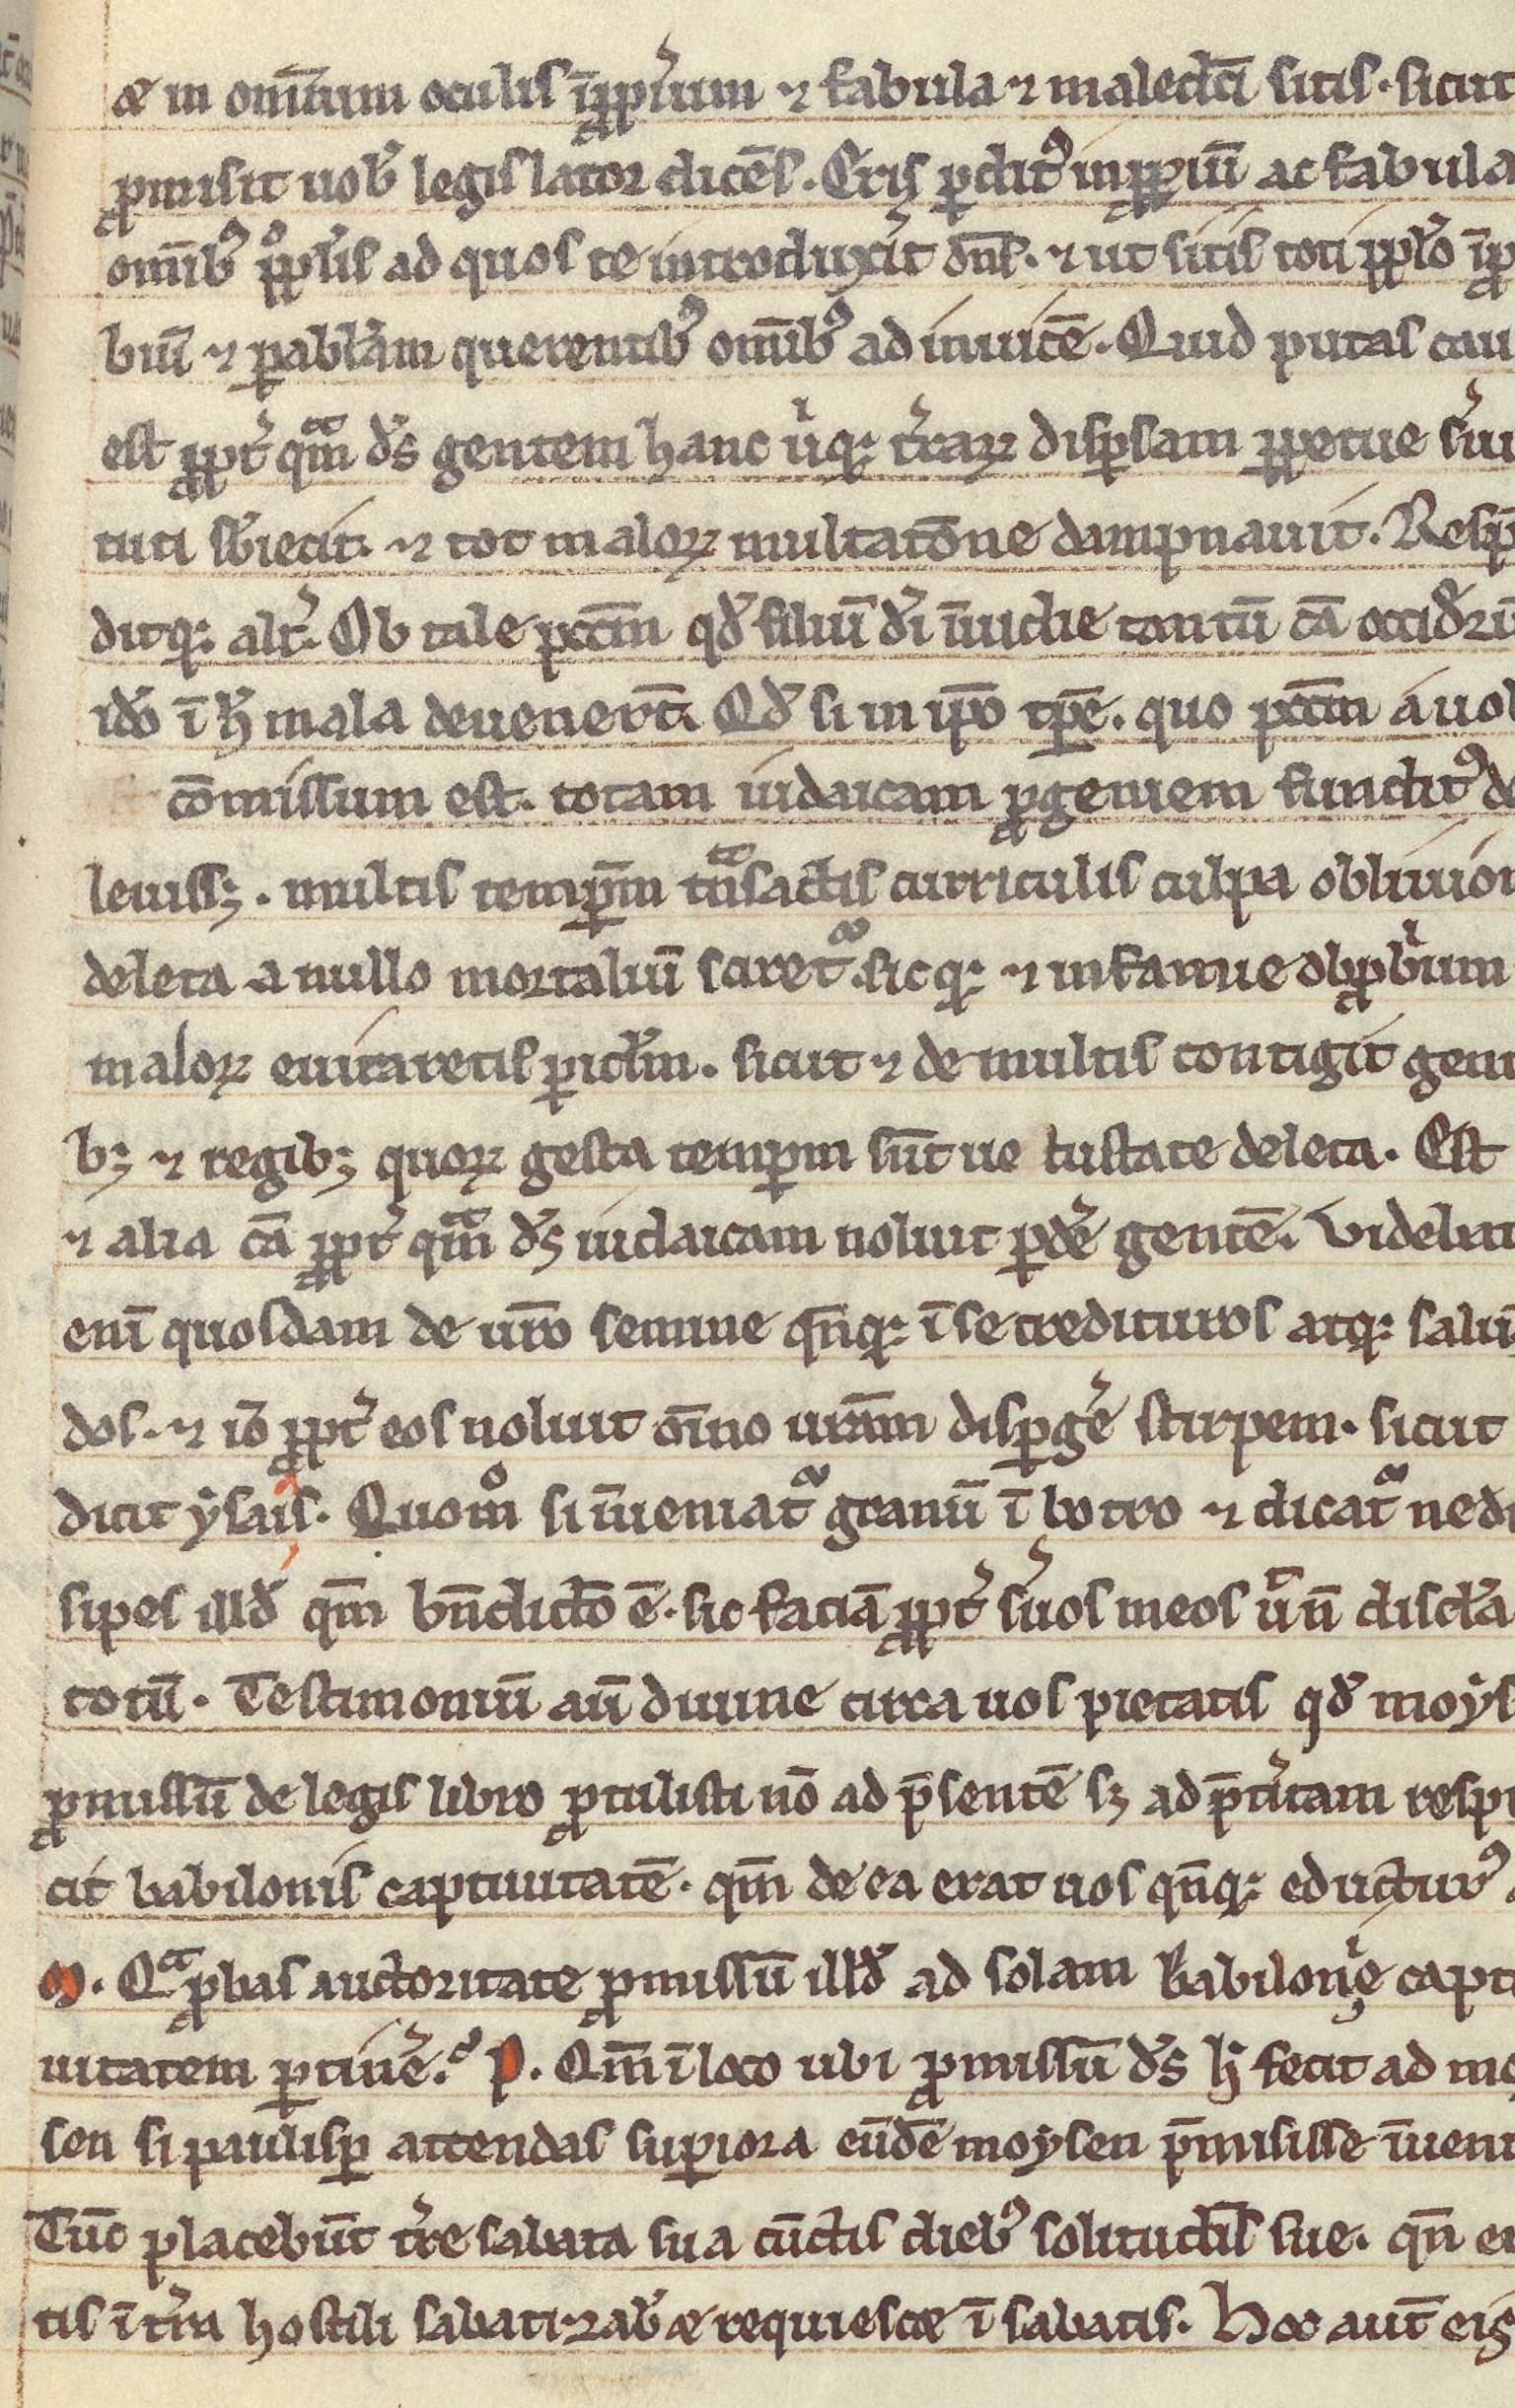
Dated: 1200–1299